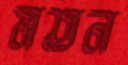
মতন